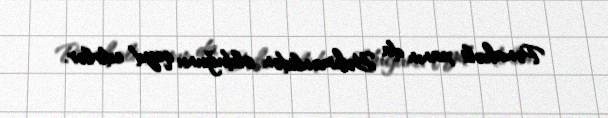
Pənahəli xanın da Bəhmənlidən olduğunu qeyd edirlər.